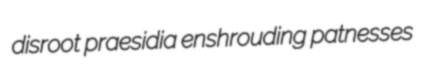
disroot praesidia enshrouding patnesses